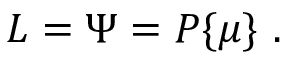
{ \cal L } = \Psi = P \{ \mu \} \ .